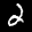
Label: 2